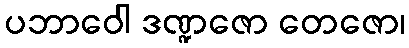
ပဘာဝေါ ဒဏ္ဍဇော တေဇော၊